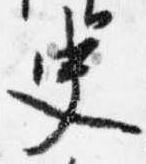
史